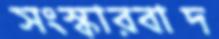
সংস্কারবাদ